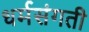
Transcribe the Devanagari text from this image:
धर्मसंगती